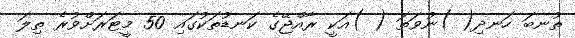
ތުނބަ ހަނދި( )ނުވަތަ ( )އަކީ ރާއްޖޭގެ ކަނޑުތަކުގައި 50 މީޓަރަށްވުރެ ތިލަ